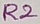
Text: R2